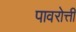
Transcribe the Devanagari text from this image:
पावरोत्ती